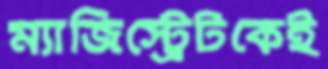
ম্যাজিস্ট্রেটকেই